Document type: Anniversary endowment
Year: 1486
Scribe: Bartomeu Masons
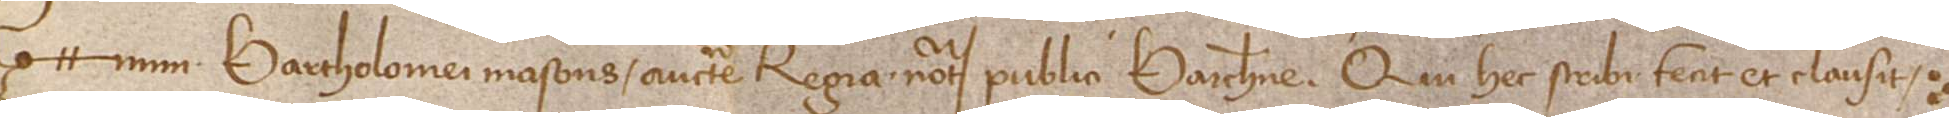
num Bartholomei Masons, auctoritate regia notarii publici Barchinone, qui hec scribi fecit et clausit.